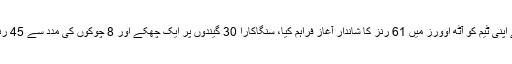
اوپنرز کمار سنگاکارا اور احمد شہزاد نے اپنی ٹیم کو آٹھ اوورز میں 61 رنز کا شاندار آغاز فراہم کیا، سنگاکارا 30 گیندوں پر ایک چھکے اور 8 چوکوں کی مدد سے 45 رنز کی اننگز کھیلنے کے بعد پویلین لوٹے۔